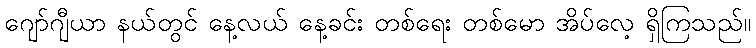
ဂျော်ဂျီယာ နယ်တွင် နေ့လယ် နေ့ခင်း တစ်ရေး တစ်မော အိပ်လေ့ ရှိကြသည်။